Annual report on the mental hospital in the Central Provinces and Berar (Nagpur) - 1927-1951
Year: 1927
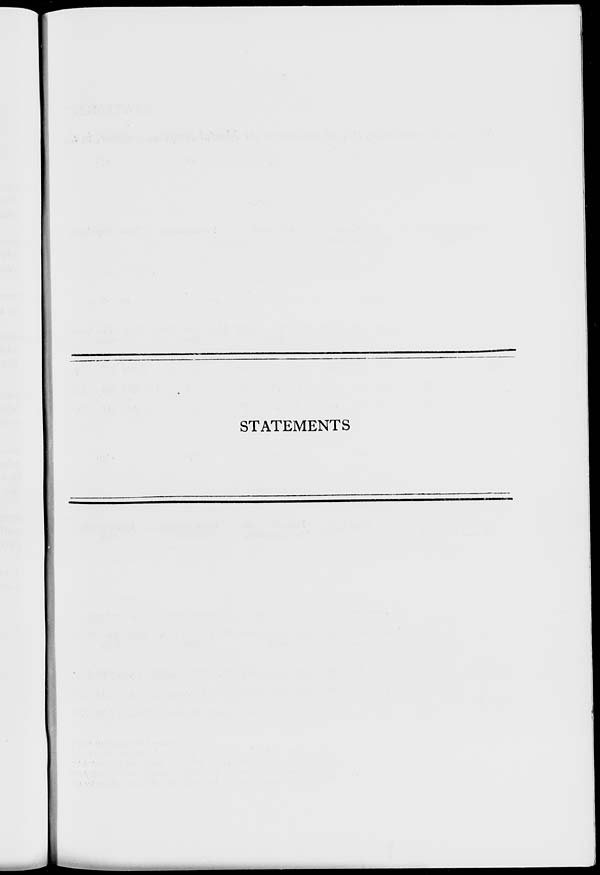
STATEMENTS